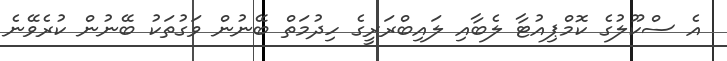
އެ ސްކޫލުގެ ކޮމްޕިއުޓާ ލެބާއި ލައިބްރަރީގެ ހިދުމަތް ބޭނުން ވަގުތަކު ބޭނުން ކުރެވޭނެ